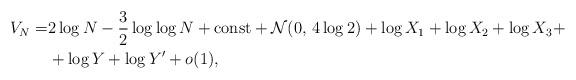
LaTeX: \begin{align*}V_N = & 2\log N-\frac{3}{2}\log\log N+{\rm const}+\mathcal{N}(0,\,4\log 2) + \log X_1+\log X_2+\log X_3+ \\ & +\log Y+\log Y'+o(1),\end{align*}